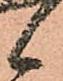
候